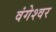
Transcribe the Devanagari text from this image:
वंगेश्‍वर